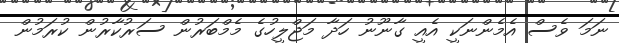
ނަމަ ވެސް އެމެންނަކީ އެއީ ގާނޫނު ހަދާ މަޖްލީހުގެ މެމްބަރުން ސަރުކާރުން ކުރަމުން